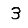
Digit: 3